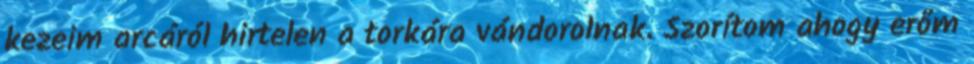
kezeim arcáról hirtelen a torkára vándorolnak. Szorítom ahogy erőm